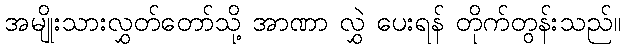
အမျိုးသားလွှတ်တော်သို့ အာဏာ လွှဲ ပေးရန် တိုက်တွန်းသည်။